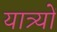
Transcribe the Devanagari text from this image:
यात्र्यों